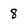
Character: 8